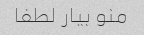
منو بیار لطفا